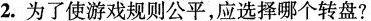
2. 为了使游戏规则公平，应选择哪个转盘?